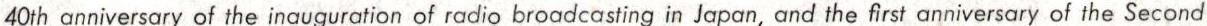
4Oth anniversary of the inauguration of radio broadcasting in Japan, and the first anniversary of the Second